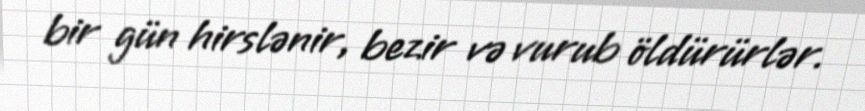
bir gün hirslənir, bezir və vurub öldürürlər.